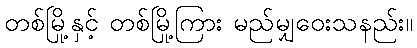
တစ်မြို့နှင့် တစ်မြို့ကြား မည်မျှဝေးသနည်း။